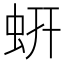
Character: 蚈